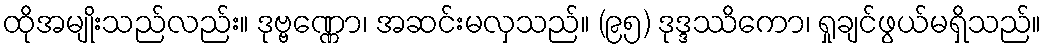
ထိုအမျိုးသည်လည်း။ ဒုဗ္ဗဏ္ဏော၊ အဆင်းမလှသည်။ (၉၅) ဒုဒ္ဒဿိကော၊ ရှုချင်ဖွယ်မရှိသည်။